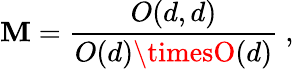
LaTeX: {\cal\mathbf{M}}={\frac{{O(d,d)}}{{O(d)\timesO(d)}}}\ ,